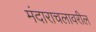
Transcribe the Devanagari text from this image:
मंदाराचलावरील